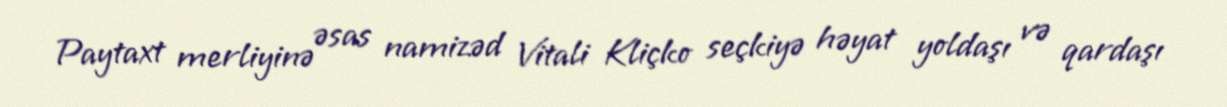
Paytaxt merliyinə əsas namizəd Vitali Kliçko seçkiyə həyat yoldaşı və qardaşı